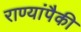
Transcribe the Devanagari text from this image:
राण्यांपैकी